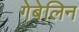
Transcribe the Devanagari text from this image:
गेबेलिन